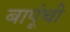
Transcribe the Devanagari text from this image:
बापूंची